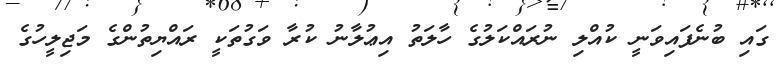
ގައި ބުނެފައިވަނީ ކުއްލި ނުރައްކަލުގެ ހާލަތު އިޢުލާނު ކުރާ ވަގުތަކީ ރައްޔިތުންގެ މަޖިލީހުގެ